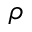
\rho